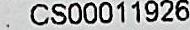
: CS00011926